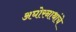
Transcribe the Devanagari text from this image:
अघोरनाथांचे